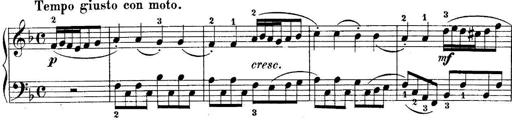
Title: 10 Sonatines progressives
Composer: Anton Schmoll